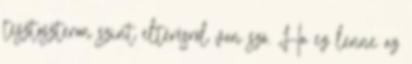
tesztoszteron szint eltérésről van szó. Ha ez lenne az